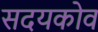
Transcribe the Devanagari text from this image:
सदयकोव